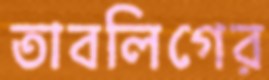
তাবলিগের